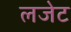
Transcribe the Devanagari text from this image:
लजेट